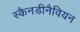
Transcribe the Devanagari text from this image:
स्कैनडीनैवियन